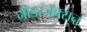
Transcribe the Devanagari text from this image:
नीडरजॅक्सन